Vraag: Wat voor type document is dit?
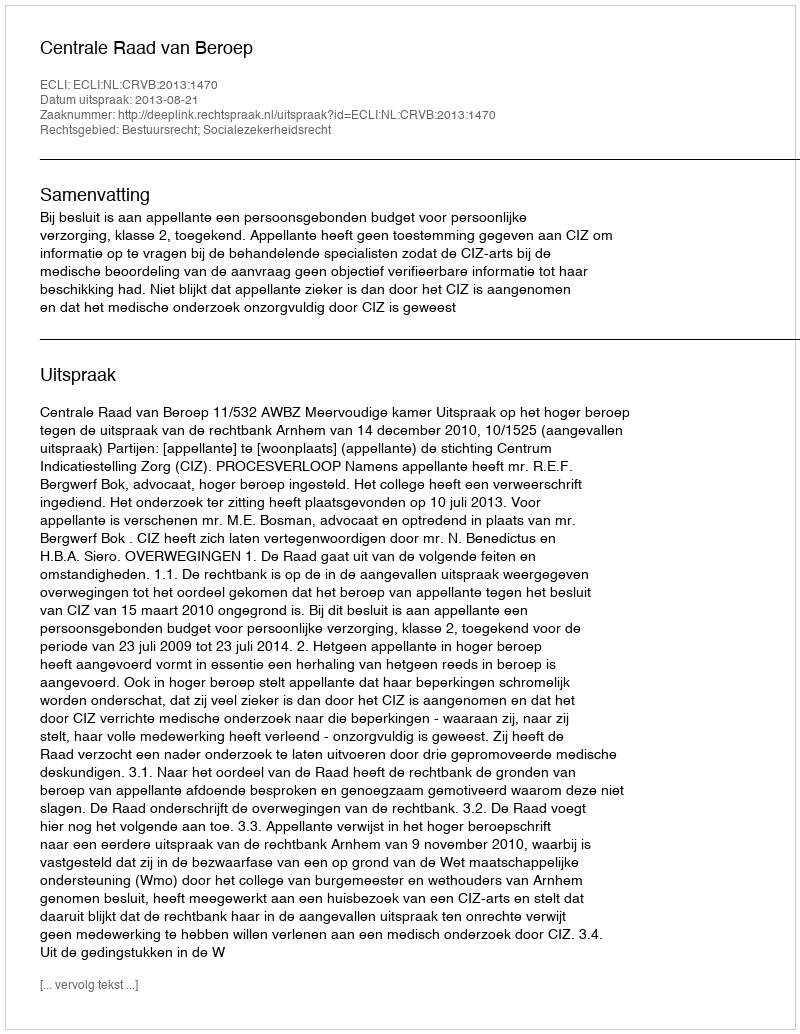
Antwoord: Uitspraak